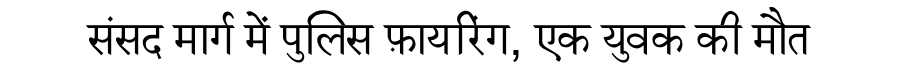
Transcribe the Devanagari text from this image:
संसद मार्ग में पुलिस फ़ायरिंग, एक युवक की मौत